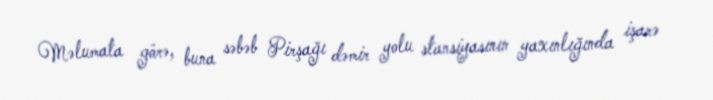
Məlumata görə, buna səbəb Pirşağı dəmir yolu stansiyasının yaxınlığında işarə